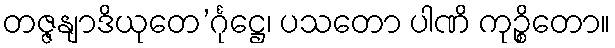
တဇ္ဇနျာဒိယုတေ’င်္ဂုဋ္ဌေ၊ ပသတော ပါဏိ ကုဉ္စိတော။